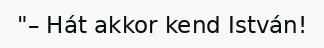
"– Hát akkor kend István!